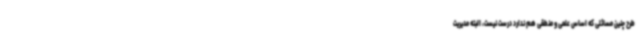
طرح چنین مسائلی که اساس علمی و منطقی هم ندارد درست نیست، البته مدیریت